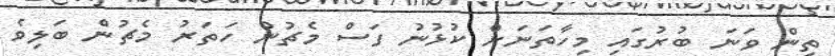
ތިން ވަނަ ބުރުގައި މިހާތަނަށް ކުޅުނު ފަސް މެޗުން ހަތަރު މެޗުން ބަލިވެ